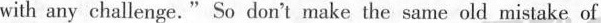
with any challenge. " So dorn't make the same old mistake of